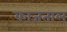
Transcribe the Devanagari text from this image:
काजताल